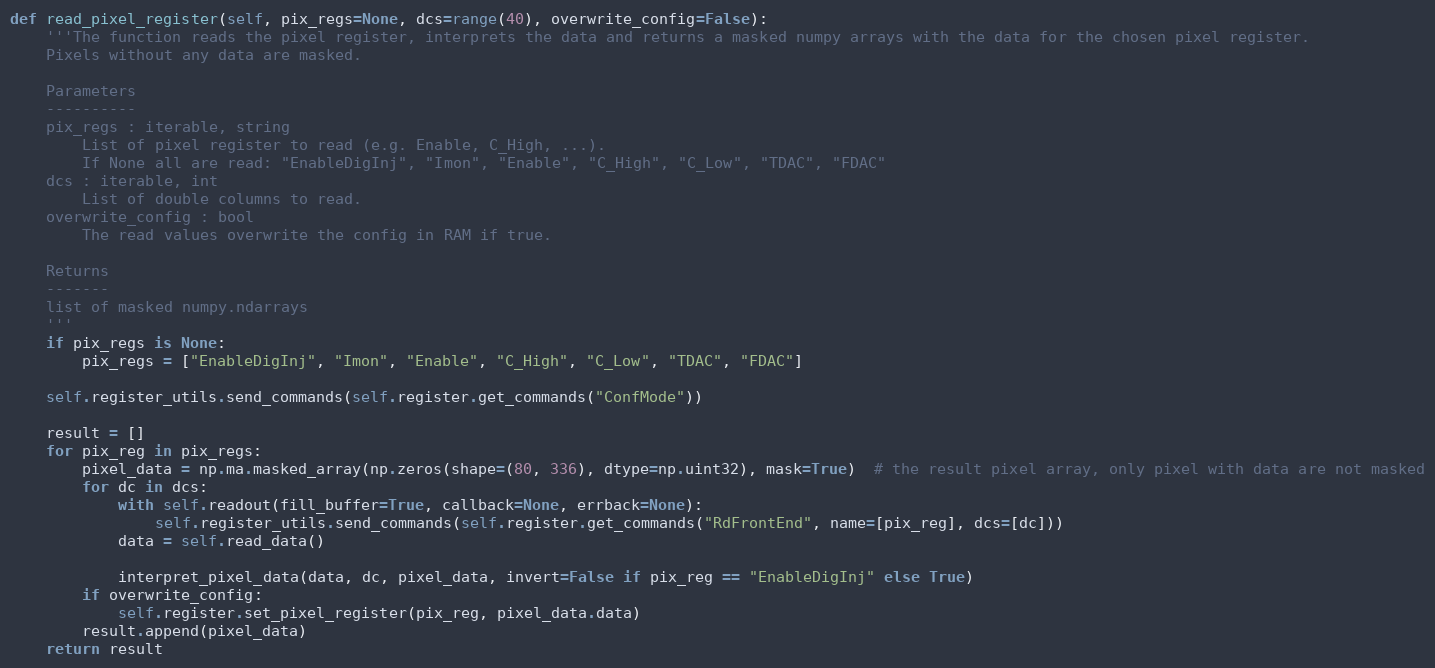
Language: Python
def read_pixel_register(self, pix_regs=None, dcs=range(40), overwrite_config=False):
    '''The function reads the pixel register, interprets the data and returns a masked numpy arrays with the data for the chosen pixel register.
    Pixels without any data are masked.

    Parameters
    ----------
    pix_regs : iterable, string
        List of pixel register to read (e.g. Enable, C_High, ...).
        If None all are read: "EnableDigInj", "Imon", "Enable", "C_High", "C_Low", "TDAC", "FDAC"
    dcs : iterable, int
        List of double columns to read.
    overwrite_config : bool
        The read values overwrite the config in RAM if true.

    Returns
    -------
    list of masked numpy.ndarrays
    '''
    if pix_regs is None:
        pix_regs = ["EnableDigInj", "Imon", "Enable", "C_High", "C_Low", "TDAC", "FDAC"]

    self.register_utils.send_commands(self.register.get_commands("ConfMode"))

    result = []
    for pix_reg in pix_regs:
        pixel_data = np.ma.masked_array(np.zeros(shape=(80, 336), dtype=np.uint32), mask=True)  # the result pixel array, only pixel with data are not masked
        for dc in dcs:
            with self.readout(fill_buffer=True, callback=None, errback=None):
                self.register_utils.send_commands(self.register.get_commands("RdFrontEnd", name=[pix_reg], dcs=[dc]))
            data = self.read_data()

            interpret_pixel_data(data, dc, pixel_data, invert=False if pix_reg == "EnableDigInj" else True)
        if overwrite_config:
            self.register.set_pixel_register(pix_reg, pixel_data.data)
        result.append(pixel_data)
    return result